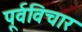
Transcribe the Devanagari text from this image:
पूर्वविचार